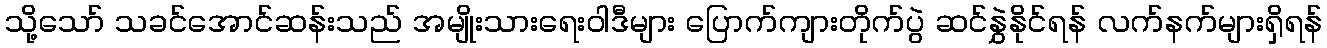
သို့သော် သခင်အောင်ဆန်းသည် အမျိုးသားရေးဝါဒီများ ပြောက်ကျားတိုက်ပွဲ ဆင်နွှဲနိုင်ရန် လက်နက်များရှိရန်